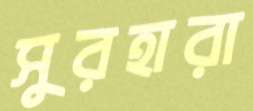
সুরহারা